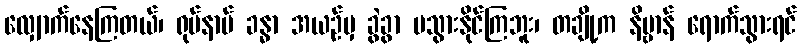
လျှောက်နေကြတယ်၊ ရုပ်နာမ် ခန္ဓာ အယဉ်မှ ခွဲခွာ မသွားနိုင်ကြဘူး၊ တချို့က နိဗ္ဗာန် ရောက်သွားရင်